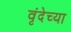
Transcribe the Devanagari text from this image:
वृंदेच्या